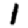
Digit: 1